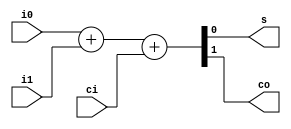
module somador(i0, i1, ci, s, co);

	input i0, i1, ci;
	output s, co;

	assign	{co,s} = i0 + i1 + ci;

endmodule